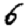
Digit: 6